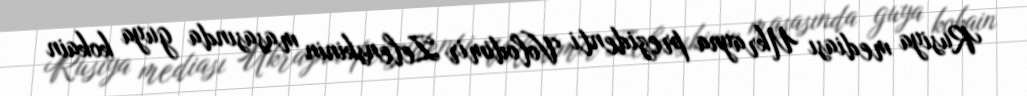
Rusiya mediası Ukrayna prezidenti Volodimir Zelenskinin masasında guya kokain